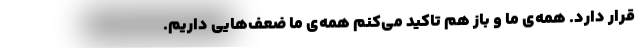
قرار دارد. همه‌ی ما و باز هم تاکید می‌کنم همه‌ی ما ضعف‌هایی داریم.